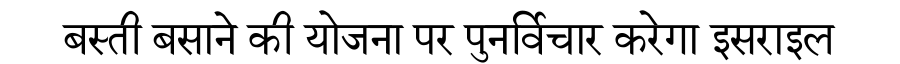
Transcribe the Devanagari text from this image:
बस्ती बसाने की योजना पर पुनर्विचार करेगा इसराइल